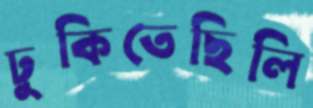
ঢুকিতেছিলি